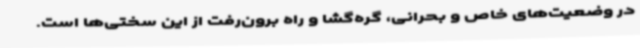
در وضعیت‌های خاص و بحرانی، گره‌گشا و راه برون‌رفت از این سختی‌ها است.